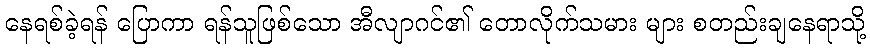
နေရစ်ခဲ့ရန် ပြောကာ ရန်သူဖြစ်သော အီလျာဂင်၏ တောလိုက်သမား များ စတည်းချနေရာသို့